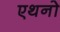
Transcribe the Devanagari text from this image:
एथनो